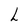
Character: L